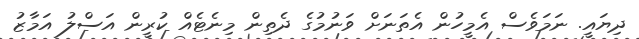
ދިޔައީ. ނަމަވެސް އެމީހުން އެތަނަށް ވަނުމުގެ ދެތިން މިނެޓެއް ކުރީން އަސްލު އަމާޒު